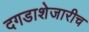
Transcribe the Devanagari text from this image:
दगडाशेजारीच